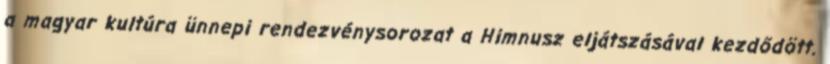
a magyar kultúra ünnepi rendezvénysorozat a Himnusz eljátszásával kezdődött.